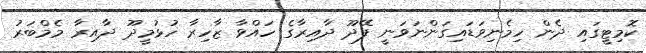
ކޮމިޓީގައި ދެން ހިމެނިވަޑައިގަންނަވަނީ ފޭދޫ ދާއިރާގެ ހައްވާ ޒާހިރާ ހުޅުމީދޫ ދާއިރާ މެމްބަރު